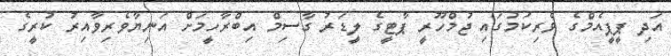
އަދި ޕީޕީއެމްގެ ވެރިކަމުގައި ޖުމްހޫރީ ޕާޓީގެ ލީޑަރު ގާސިމް އިބްރާހީމަށް އަނިޔާވެރިވާއިރު ކުރީގެ